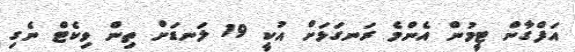
އަފްގާން ޓީމުން އެންމެ ރަނގަޅަށް އުކީ 19 ލަނޑަށް ތިން ވިކެޓް ނެގި